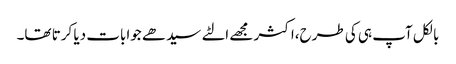
بالکل آپ ہی کی طرح،اکثر مجھے الٹے سیدھے جوابات دیا کرتا تھا۔